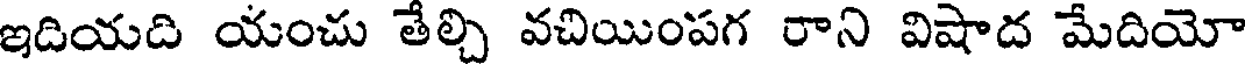
ఇదియది యంచు తేల్చి వచియింపగ రాని విషాద మేదియో